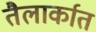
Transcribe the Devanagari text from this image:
तैलार्कात